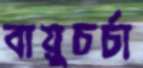
বায়ুচর্চা